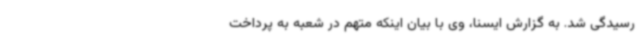
رسیدگی شد. به گزارش ایسنا، وی با بیان اینکه متهم در شعبه به پرداخت